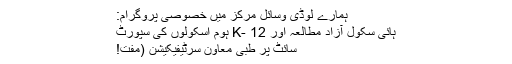
ہمارے لوڈی وسائل مرکز میں خصوصی پروگرام:
ہائی سکول آزاد مطالعہ اور K- 12 ہوم اسکولوں کی سپورٹ
سائٹ پر طبی معاون سرٹیفیکیشن (مفت!